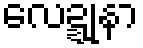
လေဍ္ဍုနာ